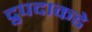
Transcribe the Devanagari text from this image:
द्रुपदाकडे